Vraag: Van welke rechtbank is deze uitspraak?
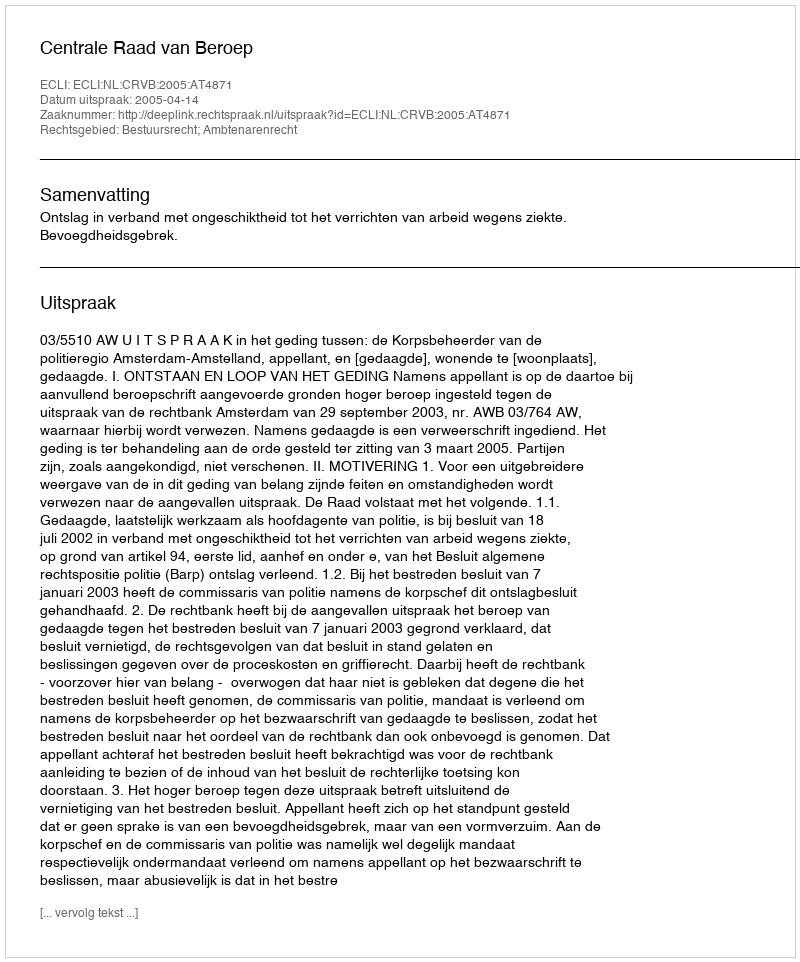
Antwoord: Centrale Raad van Beroep